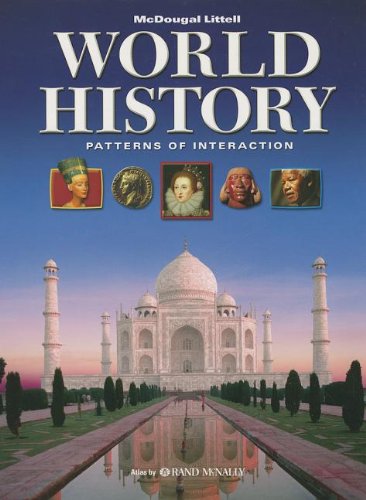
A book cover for World History: Patterns of Interaction; Teen & Young Adult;